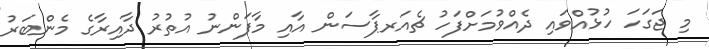
މި ޖަގަހަ ހުޅުއްވައި ދެއްވުމަށްފަހު ޗެއަރޕާސަން އާއި މާފަންނު އުތުރު ދާއިރާގެ މެންބަރު